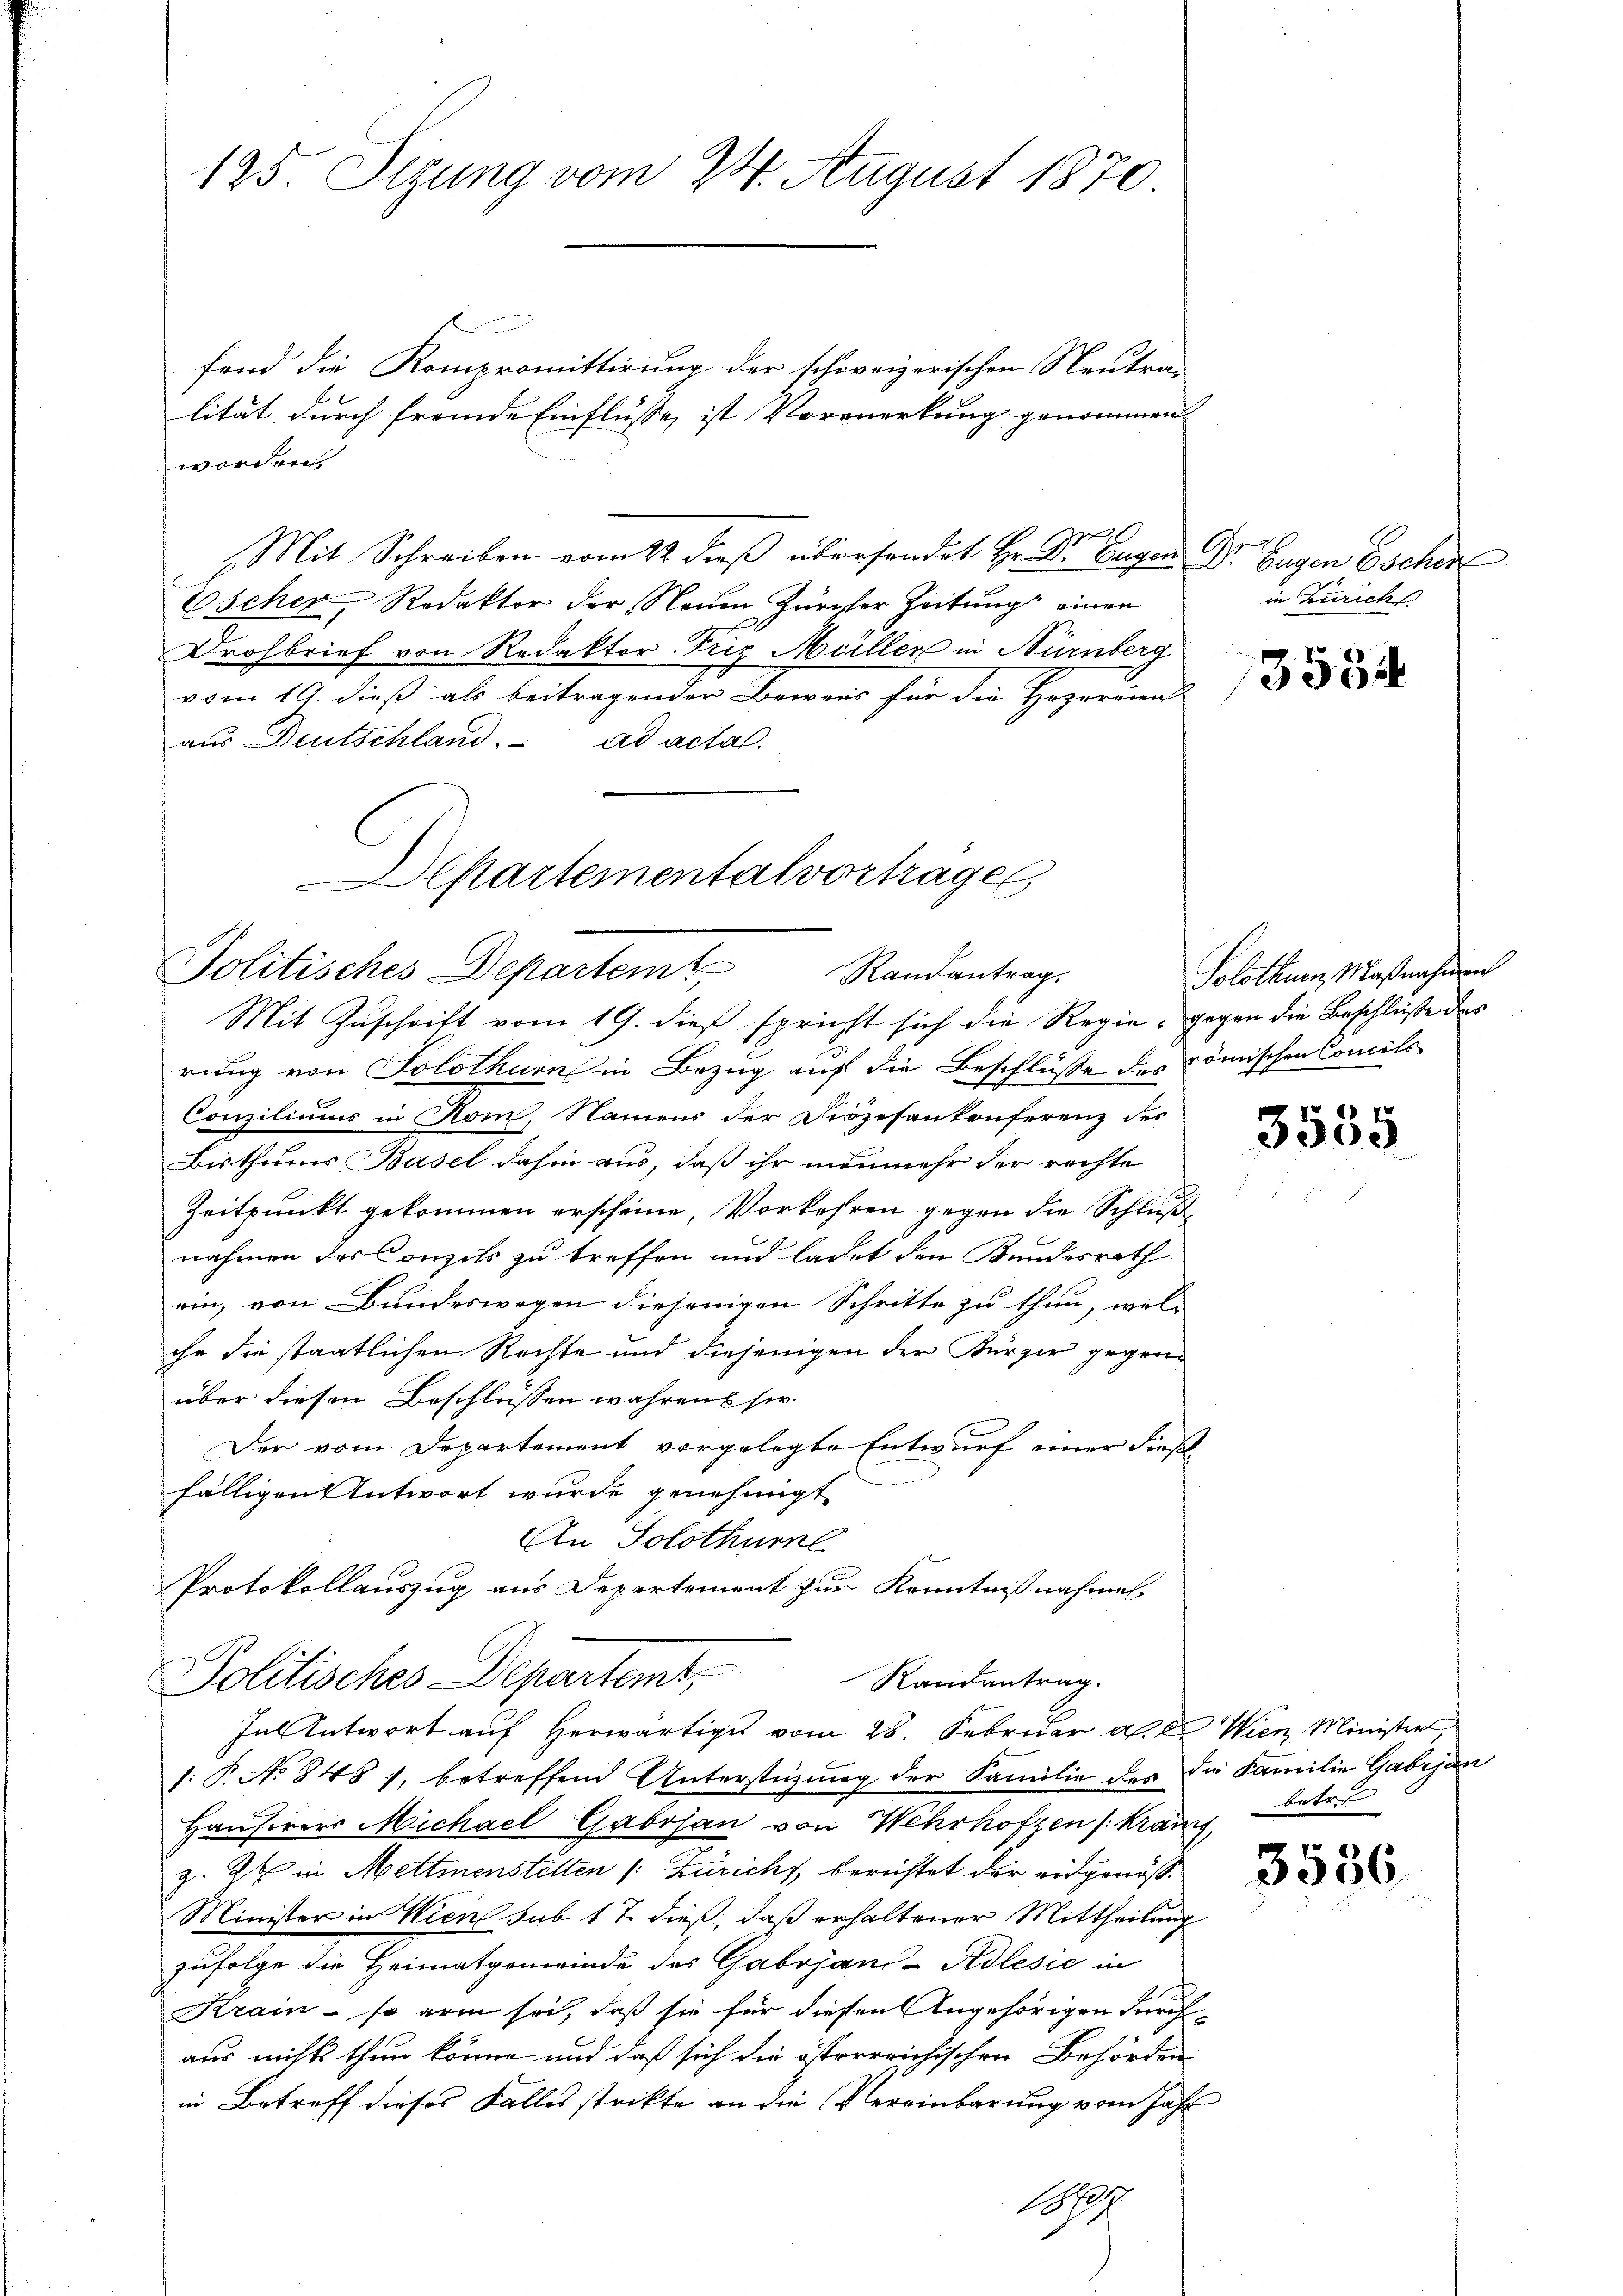
125. Sizung vom 24. August 1870

fend die Kompromittirung der schweizerischen Neutra-
lität durch fremde Einflüsse, ist Vormerkung genommen
worden
2
Mit Schreiben vom 22. dieß übersendet Hr. Dr. Eugen Gr
Escher, Redaktor der Neuen Zürcher Zeitung einen
Drohbrief von Redaktor-Friz Müller in Nürnberg
vom 19. dieß als beitragender Beweis für die Hoperaient
aus Deutschland. ad actal.
epartementalvortrages

Politisches Departem Randantrag.
Mit Zuschrift vom 19. dieß spricht sich die Regie, gegen die Beschlüße des

rung von Solothur in Bezug auf die Beschlüsse des römischen Concili
Consiliums in Rom, Namens der Diözesenkonferenz des
Bisthums Basel dahin aus, daß ihr nunmehr der rechte
Zeitpunkt gekommen erscheine, Vorkehren gegen die Schlußnahmen des Conzils zu treffen und ladet den Bundesrath
ein, von Bundeswegen diejenigen Schritte zu thun, welihr die staatlichen Rechte und diejenigen der Kürzer gegenüber diesen Beschlüssen wahrens sie.
Der vom Departement vorgelegte Entwurf einer dießfälligen Antwort wurde genehmigt
An Solothurn
Protokollauszug aus Departement zur Kenntnißnahmen
Politisches Departemt,
Randantrag.
In Antwort auf herwärtige vom 28. Februar d. d. Wien, Minister
1: P. No 848 1, betreffend Unterstüzung der Familie des die Familie Gabrjan
Hausirers Michael Gabrjan von Wehrhofzen (krauch,
z. 24 in Mettmenstetten /: Zürichs, berichtet der eidgenöß¬
Minister in Wien sub 17 dieß, daß erhaltener Mittheilung
zufolge die Heimatgemeinde des Gabrjan-Adlesie in
Krain - so arm sei, daß sie für diesen Angehörigen durch¬
1
aus nichts thun könne und daß sich die österreichischen Behörden.
in Betreff dieses Falles strikte an die Vereinbarung vom Jahr
1

Gegen Escher
in Zürichs

3554

Solothurn, Maßnahmen

3555

betr

3556